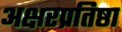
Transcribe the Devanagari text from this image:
अक्षरप्रतिष्ठा